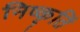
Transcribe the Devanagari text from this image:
निष्कृतिं